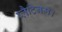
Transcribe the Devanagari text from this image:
प्लैटिनम।